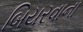
બિયરવાના